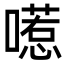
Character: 㘃